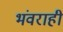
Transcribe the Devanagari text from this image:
भंवराही